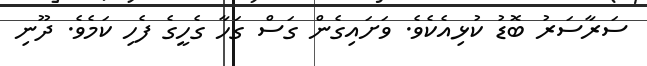
ސަރާސަރު ބޮޑު ކުޅިއެކެވެ. ވަށައިގެން ގަސް ގަހާ ގެހީގެ ފެހި ކަމެވެ. ދޫނި